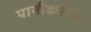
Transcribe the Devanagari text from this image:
पानीकरोला